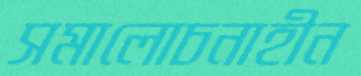
সমালোচনাহীন